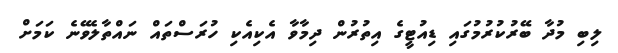
ލިބި މުދާ ބޭރުކުރުމުގައި ޑިއުޓީގެ އިތުރުން ދިމާވާ އެކިއެކި ހުރަސްތައް ނައްތާލެވޭނެ ކަމަށް